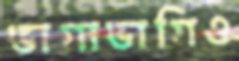
ভাগাভাগিও